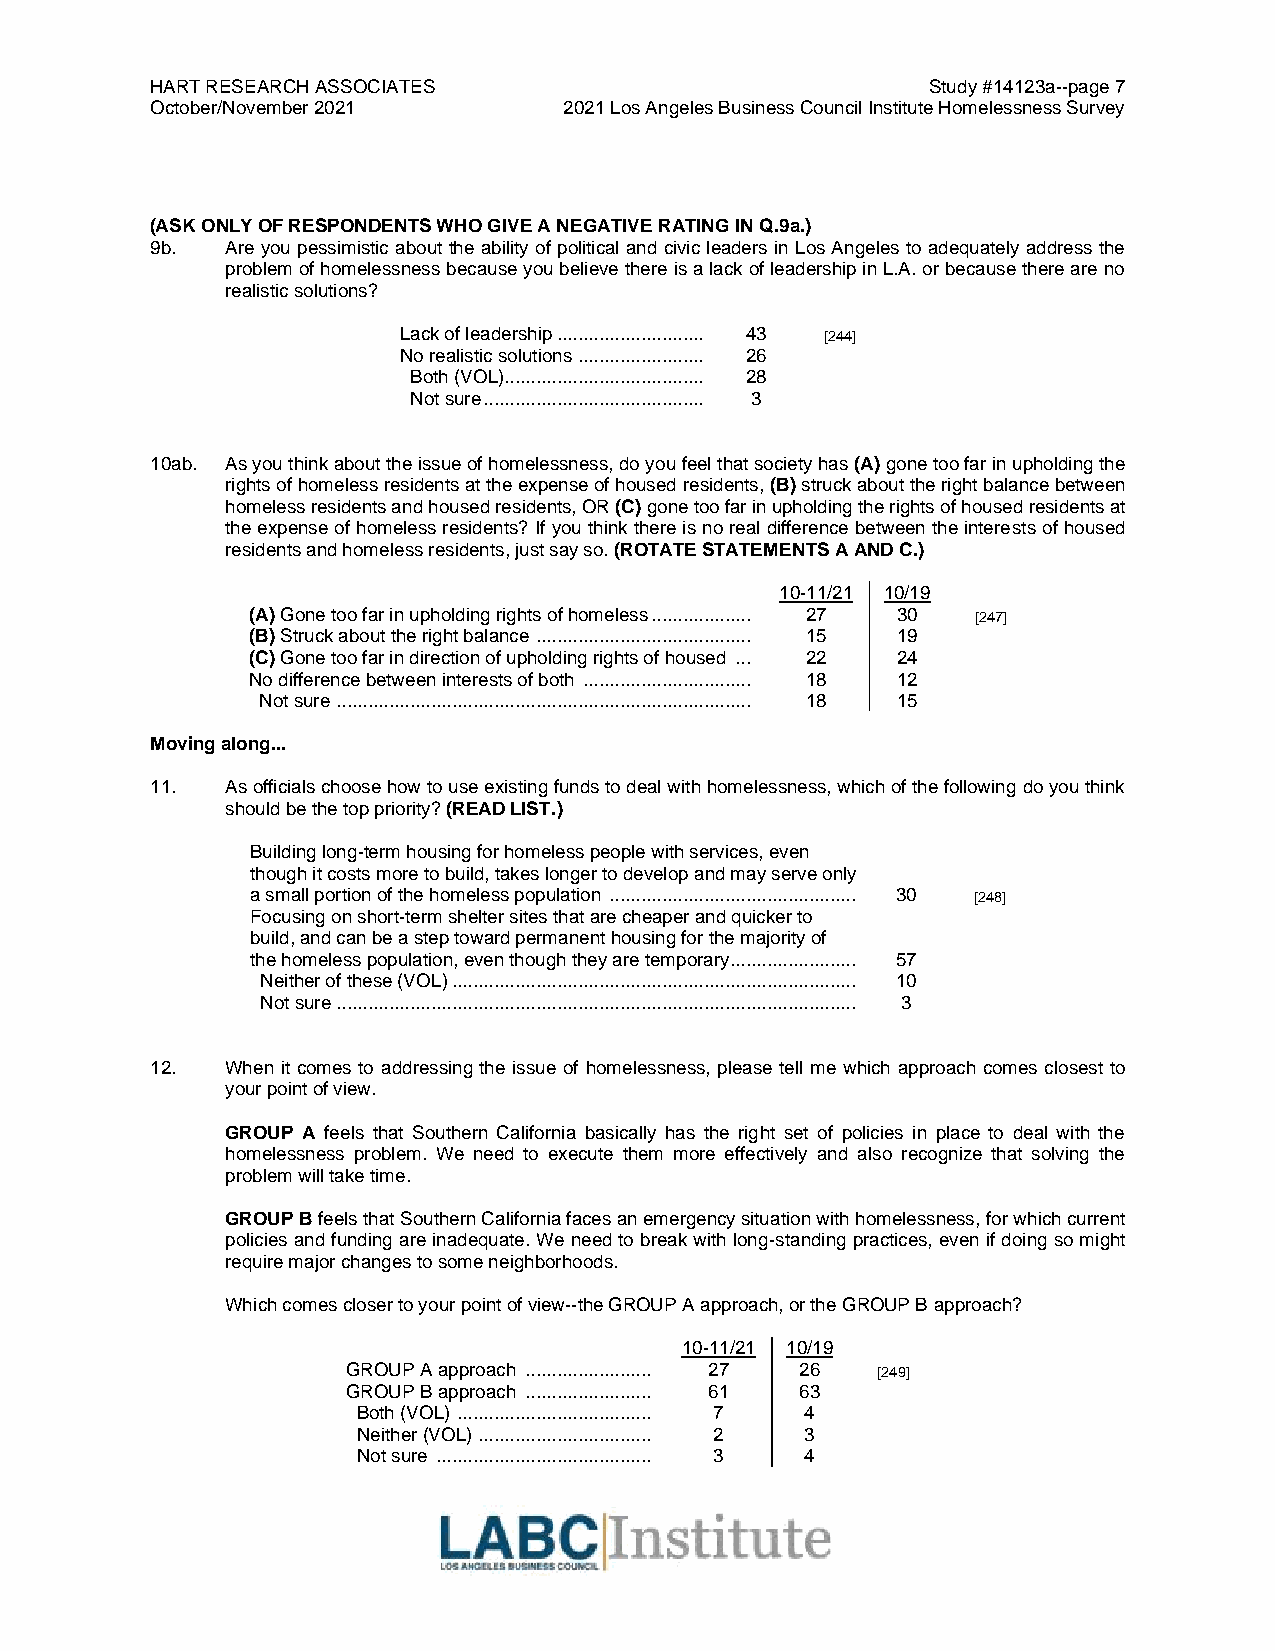
HART RESEARCH ASSOCIATES                            Study #14123a--page 7
 October/November 2021      2021 Los Angeles Business Council Institute Homelessness Survey
 (ASK ONLY OF RESPONDENTS WHO GIVE A NEGATIVE RATING IN Q.9a.)
 9b.  Are you pessimistic about the ability of political and civic leaders in Los Angeles to adequately address the
 problem of homelessness because you believe there is a lack of leadership in L.A. or because there are no
 realistic solutions?
 Lack of leadership ............................ 43 [244]
 No realistic solutions ........................ 26
 Both (VOL)...................................... 28
 Not sure .......................................... 3
 10ab. As you think about the issue of homelessness, do you feel that society has (A) gone too far in upholding the
 rights of homeless residents at the expense of housed residents, (B) struck about the right balance between
 homeless residents and housed residents, OR (C) gone too far in upholding the rights of housed residents at
 the expense of homeless residents? If you think there is no real difference between the interests of housed
 residents and homeless residents, just say so. (ROTATE STATEMENTS A AND C.)
 10-11/21 10/19
 (A) Gone too far in upholding rights of homeless ................... 27 30 [247]
 (B) Struck about the right balance ......................................... 15 19
 (C) Gone too far in direction of upholding rights of housed ... 22 24
 No difference between interests of both ................................ 18 12
 Not sure ............................................................................... 18 15
 Moving along...
 11.  As officials choose how to use existing funds to deal with homelessness, which of the following do you think
 should be the top priority? (READ LIST.)
 Building long-term housing for homeless people with services, even
 though it costs more to build, takes longer to develop and may serve only
 a small portion of the homeless population ............................................... 30 [248]
 Focusing on short-term shelter sites that are cheaper and quicker to
 build, and can be a step toward permanent housing for the majority of
 the homeless population, even though they are temporary ........................ 57
 Neither of these (VOL) ............................................................................. 10
 Not sure ................................................................................................... 3
 12.  When it comes to addressing the issue of homelessness, please tell me which approach comes closest to
 your point of view.
 GROUP A feels that Southern California basically has the right set of policies in place to deal with the
 homelessness problem. We need to execute them more effectively and also recognize that solving the
 problem will take time.
 GROUP B feels that Southern California faces an emergency situation with homelessness, for which current
 policies and funding are inadequate. We need to break with long-standing practices, even if doing so might
 require major changes to some neighborhoods.
 Which comes closer to your point of view--the GROUP A approach, or the GROUP B approach?
 10-11/21 10/19
 GROUP A approach ........................ 27 26 [249]
 GROUP B approach ........................ 61 63
 Both (VOL) ..................................... 7 4
 Neither (VOL) ................................. 2 3
 Not sure ......................................... 3 4